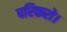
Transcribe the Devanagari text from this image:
परिकरो।